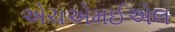
એચએમઈએલ